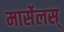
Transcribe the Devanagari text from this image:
मार्सेलस्